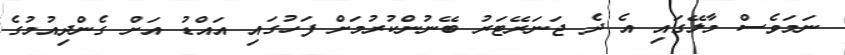
ނަމަވެސް މާލޭގައި އެ ދެ ޖަނަރޭޓަރު ބޭނުންކުރުމަށް ފަހުގައި އައްޑު އަށް ގެންދިއުމުގެ